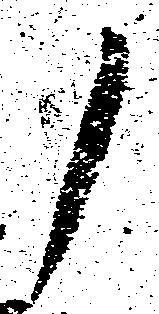
ノ